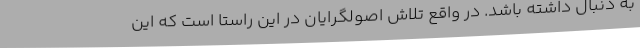
به دنبال داشته باشد. در واقع تلاش اصولگرایان در این راستا است که این